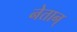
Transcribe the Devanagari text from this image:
नेतान्